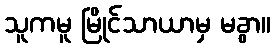
သူကမူ မြိုင်သာယာမှ မခွာ။